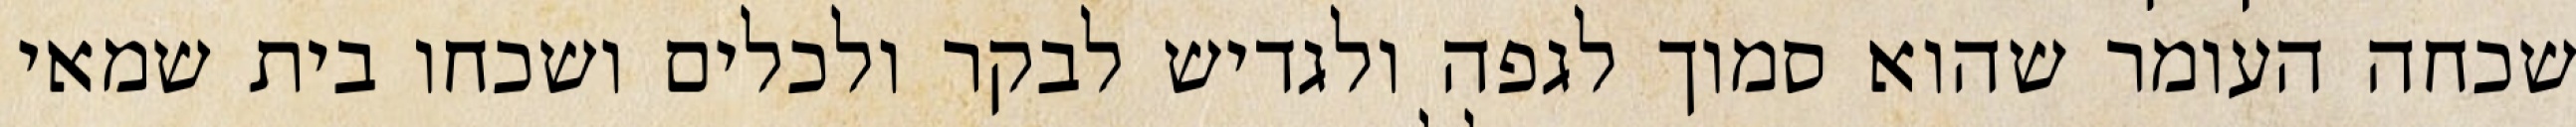
שכחה העומר שהוא סמוך לגפה ולגדיש לבקר ולכלים ושכחו בית שמאי